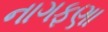
નાગફણા